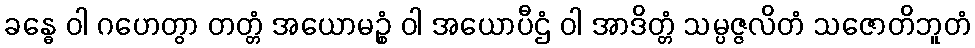
ခန္ဓေ ဝါ ဂဟေတွာ တတ္တံ အယောမဉ္စံ ဝါ အယောပီဌံ ဝါ အာဒိတ္တံ သမ္ပဇ္ဇလိတံ သဇောတိဘူတံ